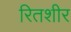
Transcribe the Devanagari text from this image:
रितशीर